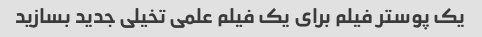
یک پوستر فیلم برای یک فیلم علمی تخیلی جدید بسازید